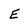
Character: E